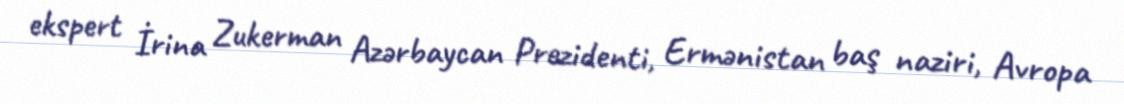
ekspert İrina Zukerman Azərbaycan Prezidenti, Ermənistan baş naziri, Avropa